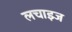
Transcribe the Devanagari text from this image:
लचाइज